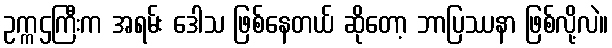
ဥက္ကဌကြီးက အရမ်း ဒေါသ ဖြစ်နေတယ် ဆိုတော့ ဘာပြဿနာ ဖြစ်လို့လဲ။